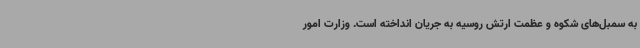
به سمبل‌های شکوه و عظمت ارتش روسیه به جریان انداخته است. وزارت امور